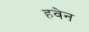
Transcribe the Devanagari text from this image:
हवेन